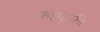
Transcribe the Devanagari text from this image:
कामाकी